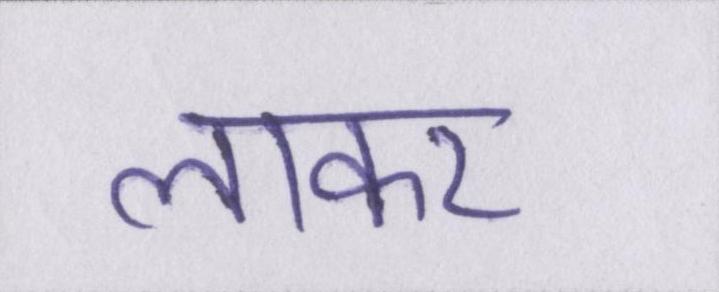
लाकर